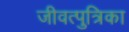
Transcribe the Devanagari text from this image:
जीवत्पुत्रिका